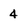
Character: 4